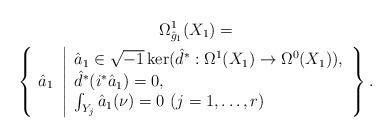
LaTeX: \begin{gather*} \Omega_{\hat{g}_1}^1(X_1) = \\ \left\{ \ \hat{a}_1 \ \left| \begin{array}{l} \hat{a}_1 \in \sqrt{-1} \ker ( \hat{d}^* : \Omega^1(X_1) \rightarrow \Omega^0(X_1) ), \\ \hat{d}^*( i^* \hat{a}_1 ) = 0, \\ \int_{Y_j} \hat{a}_1(\nu) = 0 \ ( j = 1, \dots, r) \end{array} \right. \right\}.\end{gather*}